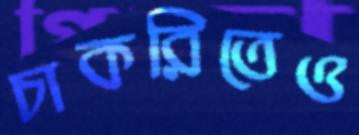
চাকরিতেও